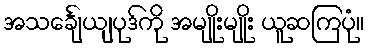
အသင်္ချေယျပုဒ်ကို အမျိုးမျိုး ယူဆကြပုံ။